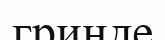
гринде